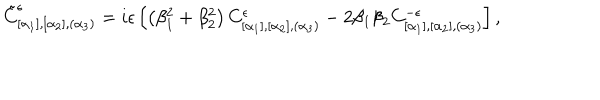
\tilde { C } _ { [ \alpha _ { 1 } ] , [ \alpha _ { 2 } ] , ( \alpha _ { 3 } ) } ^ { \epsilon } = i \epsilon \left[ \left( \beta _ { 1 } ^ { 2 } + \beta _ { 2 } ^ { 2 } \right) C _ { [ \alpha _ { 1 } ] , [ \alpha _ { 2 } ] , ( \alpha _ { 3 } ) } ^ { \epsilon } - 2 \beta _ { 1 } \beta _ { 2 } C _ { [ \alpha _ { 1 } ] , [ \alpha _ { 2 } ] , ( \alpha _ { 3 } ) } ^ { - \epsilon } \right] ,